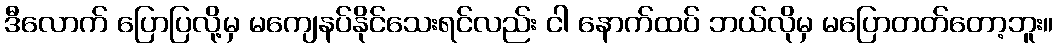
ဒီလောက် ပြောပြလို့မှ မကျေနပ်နိုင်သေးရင်လည်း ငါ နောက်ထပ် ဘယ်လိုမှ မပြောတတ်တော့ဘူး။